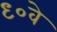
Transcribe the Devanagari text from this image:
९०वे